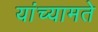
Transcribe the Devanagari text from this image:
यांच्यामते